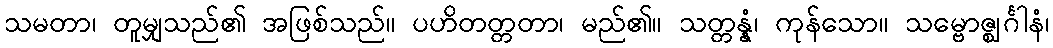
သမတာ၊ တူမျှသည်၏ အဖြစ်သည်။ ပဟိတတ္တတာ၊ မည်၏။ သတ္တန္နံ၊ ကုန်သော။ သမ္ဗောဇ္ဈင်္ဂါနံ၊